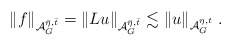
\begin{align*}\Vert f \Vert_{{\mathcal A}_G^{\bar{\eta},\bar{t}}}= \Vert Lu \Vert_{{\mathcal A}_G^{\bar{\eta},\bar{t}}} \lesssim \Vert u \Vert_{{\mathcal A}_G^{\eta,t}} \;.\end{align*}